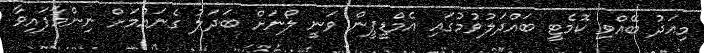
މިއަދު ބޭއްވި ކޮމެޓީ ބައްދަލުވުމުގައި އެމްޑީޕީން ވަނީ ލޯނަށް ބަދަލު ގެނައުމަށް ނިންމާފައިވާ